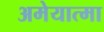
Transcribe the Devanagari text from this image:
अमेयात्मा